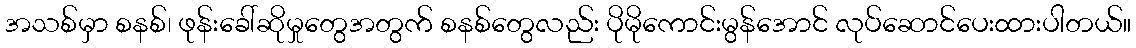
အသစ်မှာ စနစ်၊ ဖုန်းခေါ်ဆိုမှုတွေအတွက် စနစ်တွေလည်း ပိုမိုကောင်းမွန်အောင် လုပ်ဆောင်ပေးထားပါတယ်။